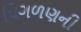
પિગળણની